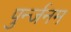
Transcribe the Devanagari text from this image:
पुर्न्जनम